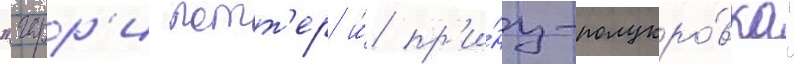
"гарр'и потт'ер и́ пр'и́нц-полукро́вка"